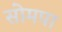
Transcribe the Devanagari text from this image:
सोमपा